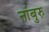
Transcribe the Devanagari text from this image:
नांबुरु